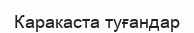
Каракаста туғандар